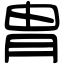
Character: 胄